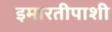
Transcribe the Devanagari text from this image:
इमारतीपाशी